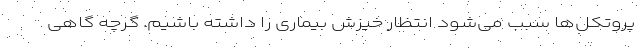
پروتکل‌ها سبب می‌شود انتظار خیزش بیماری را داشته باشیم. گرچه گاهی